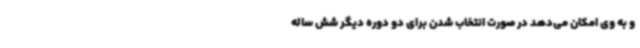
و به وی امکان می‌دهد در صورت انتخاب شدن برای دو دوره دیگر شش ساله